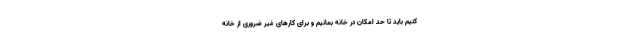
کنیم باید تا حد امکان در خانه بمانیم و برای کارهای غیر ضروری از خانه